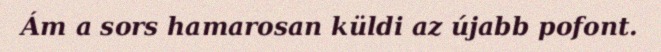
Ám a sors hamarosan küldi az újabb pofont.